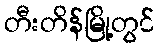
တီးတိန်မြို့တွင်